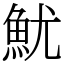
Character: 魷